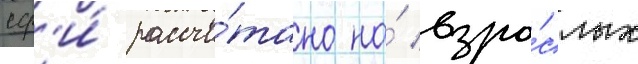
сф'и́ рассчи́тано на́ взро́слых